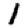
Digit: 1